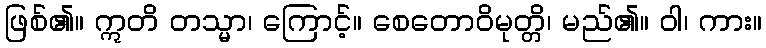
ဖြစ်၏။ ဣတိ တသ္မာ၊ ကြောင့်။ စေတောဝိမုတ္တိ၊ မည်၏။ ဝါ၊ ကား။